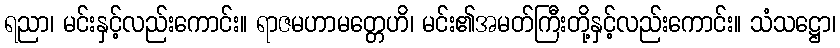
ရညာ၊ မင်းနှင့်လည်းကောင်း။ ရာဇမဟာမတ္တေဟိ၊ မင်း၏အမတ်ကြီးတို့နှင့်လည်းကောင်း။ သံသဋ္ဌော၊